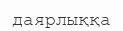
даярлыққа